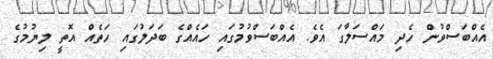
އެއްބަސްވުން ހެދި މައްސަލާގަ އެވެ. އެއްބަސްވުމުގައި ހައެއްގެ ބަދަލުގައި ހަތެއް އޮތީ ލިޔުމުގެ